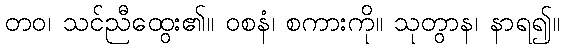
တဝ၊ သင်ညီထွေး၏။ ဝစနံ၊ စကားကို။ သုတွာန၊ နာရ၍။